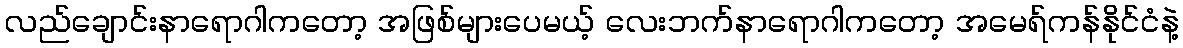
လည်ချောင်းနာရောဂါကတော့ အဖြစ်များပေမယ့် လေးဘက်နာရောဂါကတော့ အမေရ်ကန်နိုင်ငံနဲ့